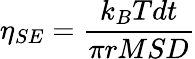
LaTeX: \eta_{SE}=\frac{k_{B}Tdt}{\pi rMSD}